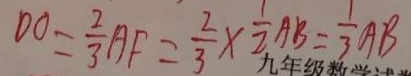
D O = \frac { 2 } { 3 } A F = \frac { 2 } { 3 } \times \frac { 1 } { 2 } A B = \frac { 1 } { 3 } A B